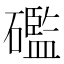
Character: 礛